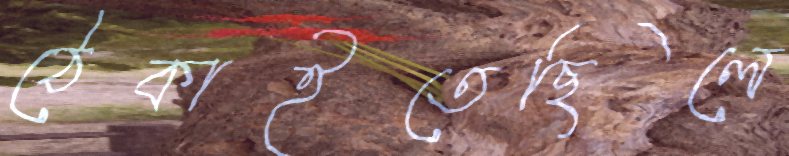
ঠেকাইতেছিলে